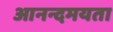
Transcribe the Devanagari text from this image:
आनन्दमयता